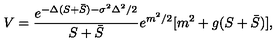
V = \frac { e ^ { - \Delta ( S + \bar { S } ) - \sigma ^ { 2 } \Delta ^ { 2 } / 2 } } { S + \bar { S } } e ^ { m ^ { 2 } / 2 } [ m ^ { 2 } + g ( S + \bar { S } ) ] ,